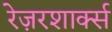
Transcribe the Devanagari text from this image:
रेज़रशार्क्स